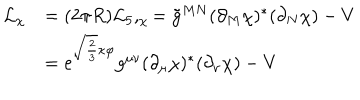
\begin{array} { l l } { { { \cal L } _ { \chi } } } & { { = ( 2 \pi R ) { \cal L } _ { 5 } , _ { \chi } = \tilde { g } ^ { M N } ( \partial _ { M } \chi ) ^ { * } ( \partial _ { N } \chi ) - V } } \\ { { } } & { { = e ^ { \sqrt { \frac 2 3 } \kappa \varphi } g ^ { \mu \nu } ( \partial _ { \mu } \chi ) ^ { * } ( \partial _ { \nu } \chi ) - V } } \\ \end{array}